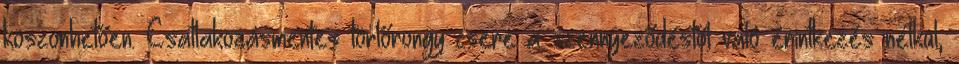
köszönhetően. Csatlakozásmentes törlőrongy csere a szennyeződéstől való érintkezés nélkül,